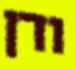
ודן